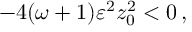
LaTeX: - 4 ( \omega + 1 ) \varepsilon ^ { 2 } z _ { 0 } ^ { 2 } < 0 \, ,